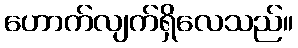
ဟောက်လျက်ရှိလေသည်။